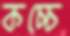
কচ্চে